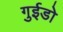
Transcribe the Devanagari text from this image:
गुईडो